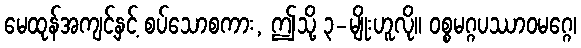
မေထုန်အကျင့်နှင့် စပ်သောစကား, ဤသို့ ၃-မျိုးဟူလို။ ဝစ္စမဂ္ဂပဿာဝမဂ္ဂေ၊